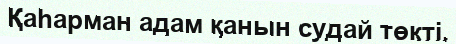
Қаһарман адам қанын судай төкті.